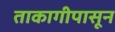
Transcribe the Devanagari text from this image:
ताकागीपासून